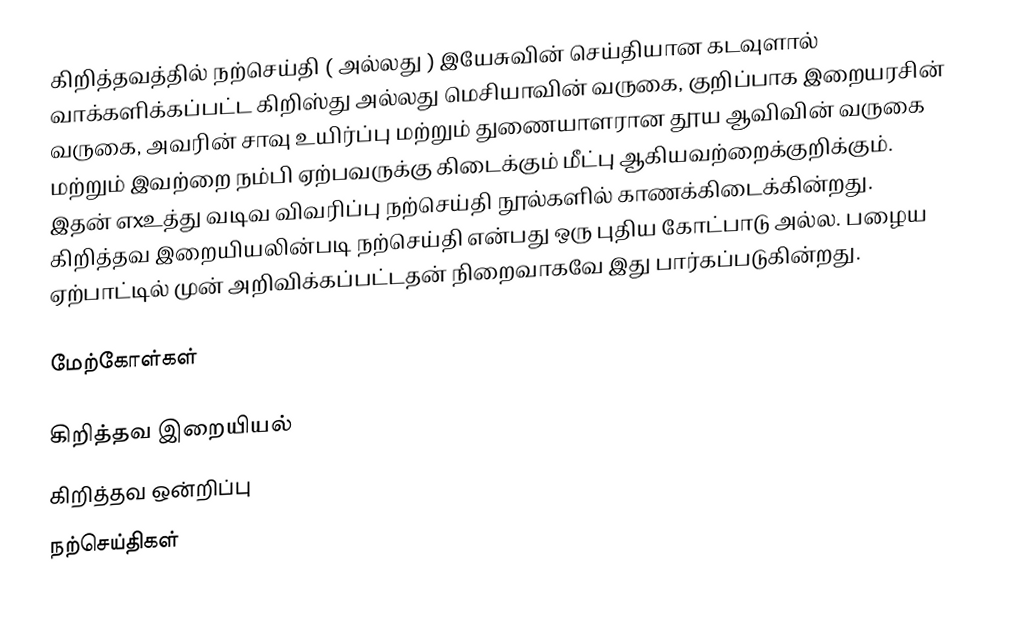
கிறித்தவத்தில் நற்செய்தி ( அல்லது ) இயேசுவின் செய்தியான கடவுளால் வாக்களிக்கப்பட்ட கிறிஸ்து அல்லது மெசியாவின் வருகை, குறிப்பாக இறையரசின் வருகை, அவரின் சாவு உயிர்ப்பு மற்றும் துணையாளரான தூய ஆவிவின் வருகை மற்றும் இவற்றை நம்பி ஏற்பவருக்கு கிடைக்கும்  மீட்பு ஆகியவற்றைக்குறிக்கும். இதன் எxஉத்து வடிவ விவரிப்பு நற்செய்தி நூல்களில் காணக்கிடைக்கின்றது. கிறித்தவ இறையியலின்படி நற்செய்தி என்பது ஒரு புதிய கோட்பாடு அல்ல. பழைய ஏற்பாட்டில் முன் அறிவிக்கப்பட்டதன் நிறைவாகவே இது பார்கப்படுகின்றது.

மேற்கோள்கள்

கிறித்தவ இறையியல்
கிறித்தவ ஒன்றிப்பு
நற்செய்திகள்